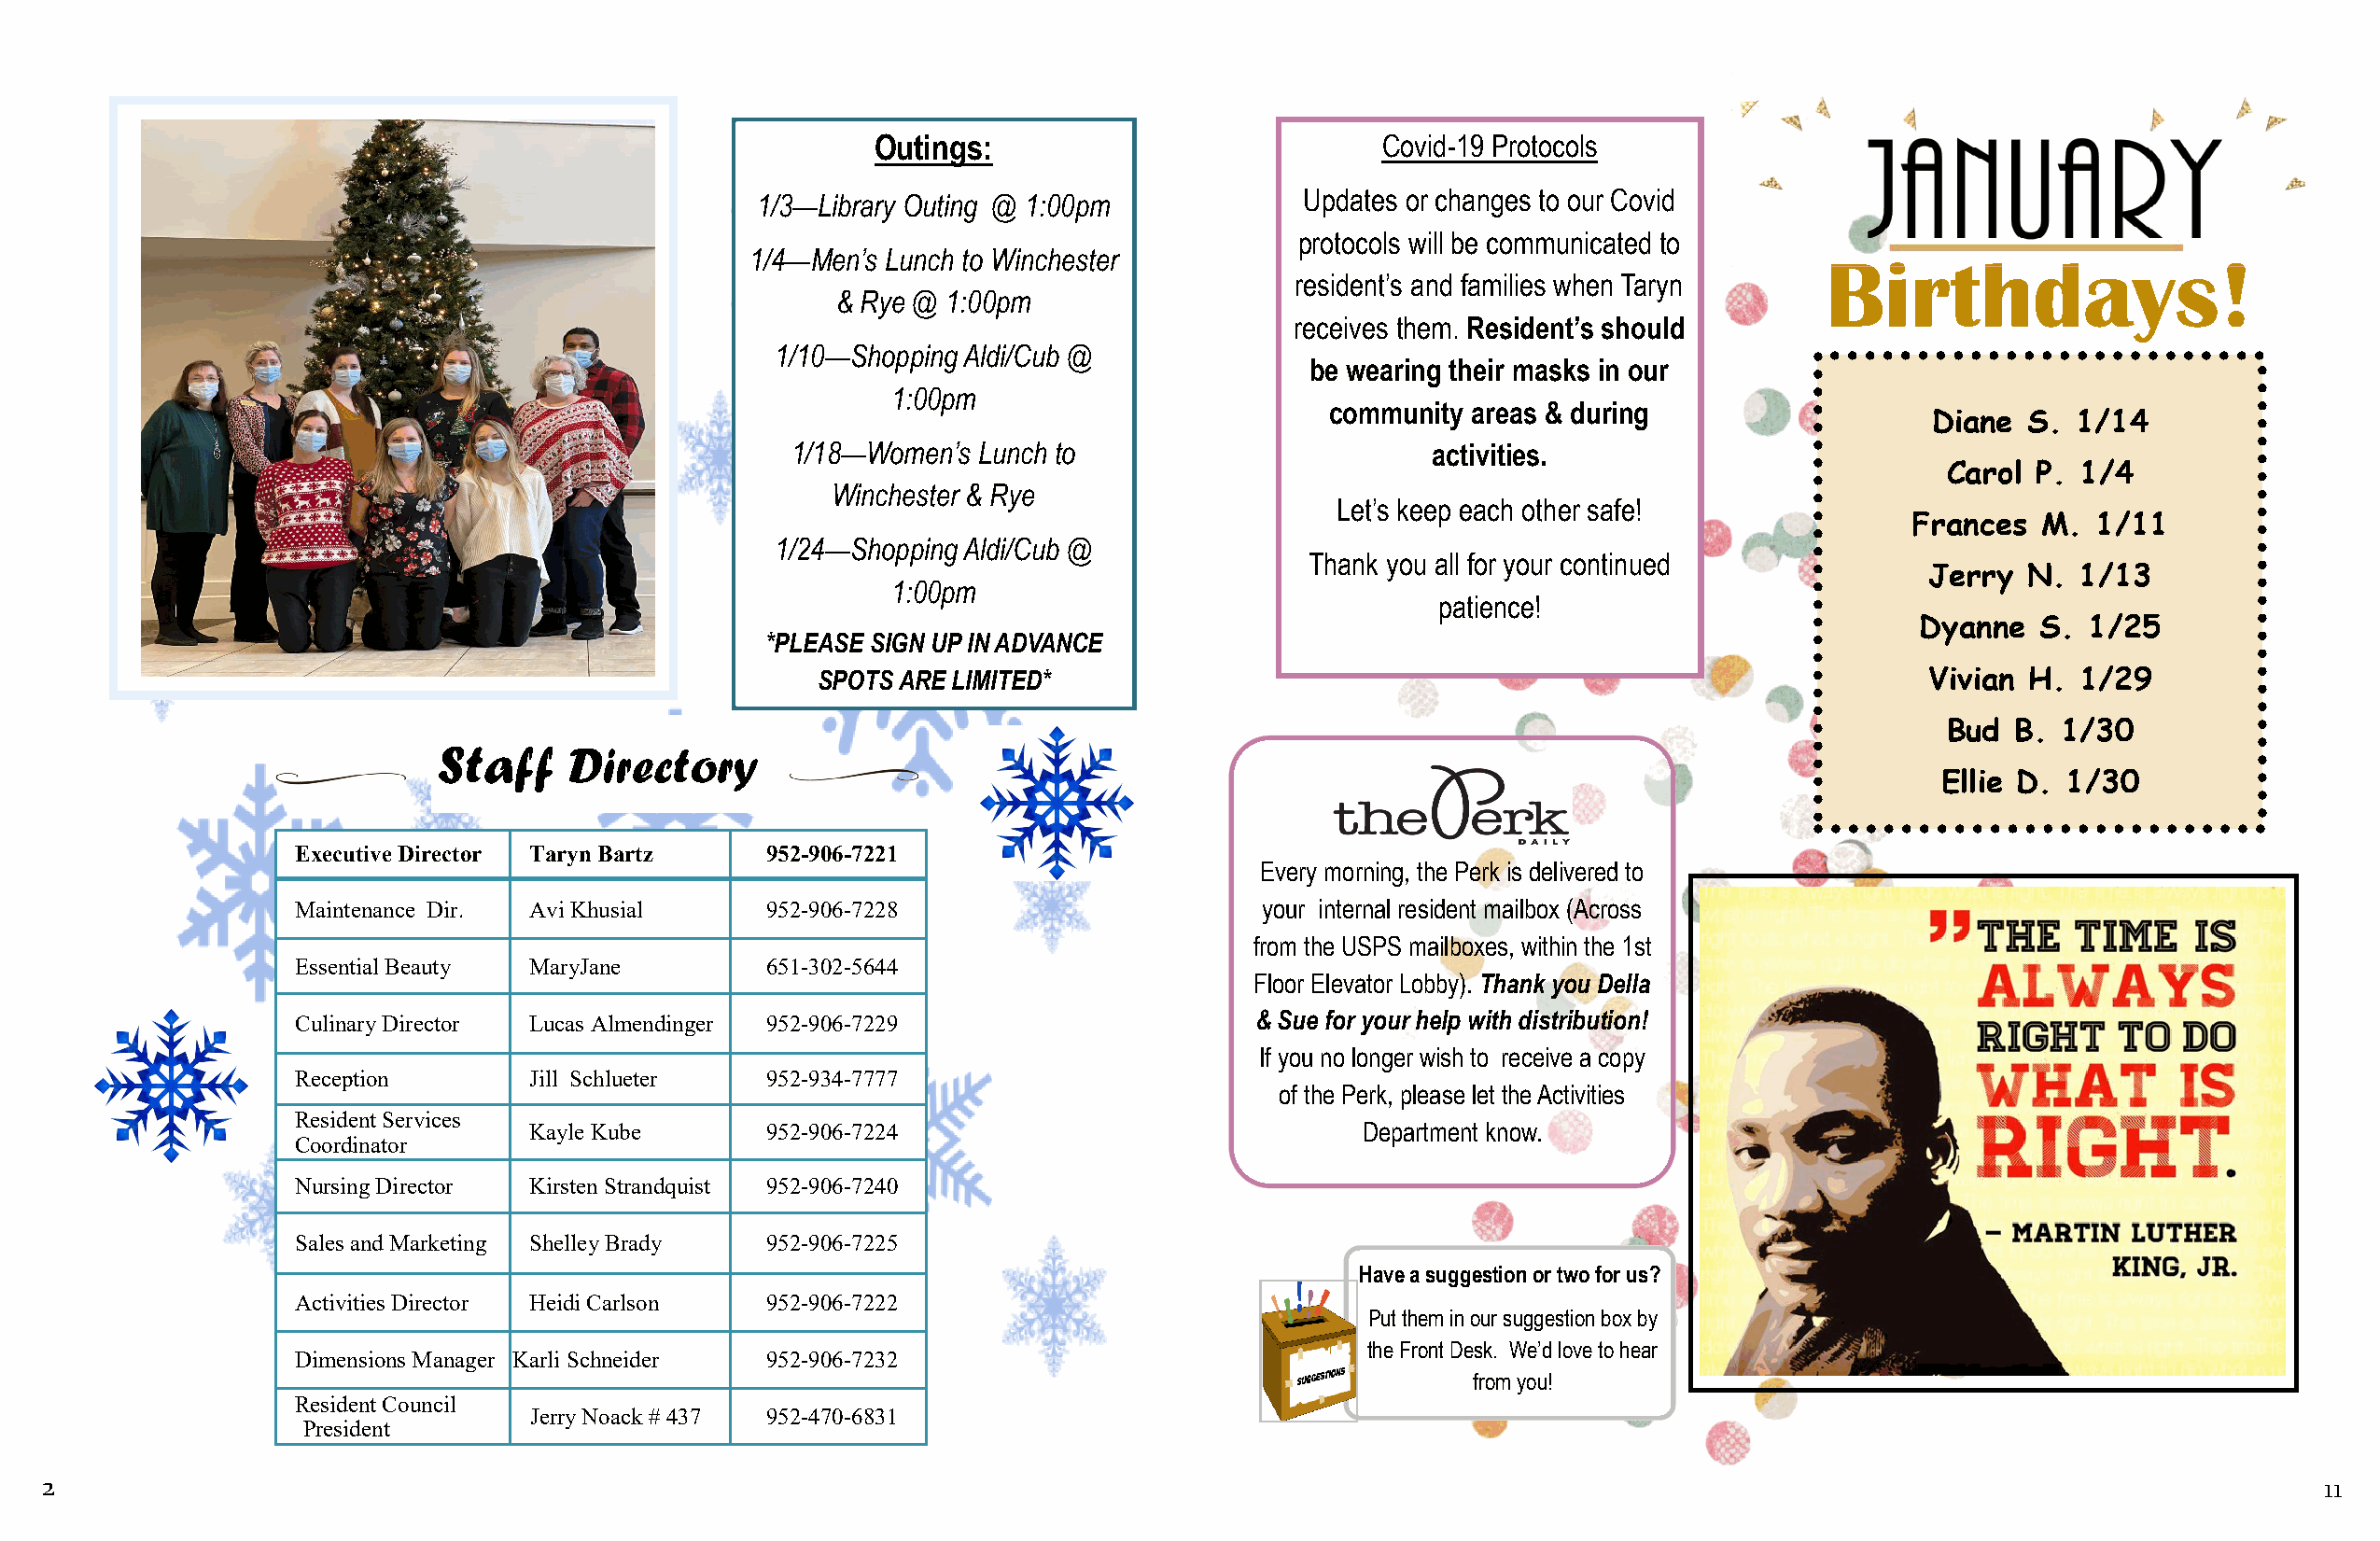
Outings:                            Covid-19 Protocols
 1/3—Library Outing @ 1:00pm           Updates or changes to our Covid
 protocols will be communicated to
 1/4—Men’s Lunch to Winchester                                               Birthdays!
 resident’s and families when Taryn
 & Rye @ 1:00pm
 receives them. Resident’s should
 1/10—Shopping Aldi/Cub @
 be wearing their masks in our
 1:00pm
 community areas & during
 Diane  S. 1/14
 1/18—Women’s Lunch to                         activities.
 Carol P.  1/4
 Winchester & Rye
 Let’s keep each other safe!
 Frances  M.  1/11
 1/24—Shopping Aldi/Cub @
 Thank you all for your continued
 Jerry  N. 1/13
 1:00pm
 patience!
 Dyanne   S. 1/25
 *PLEASE SIGN UP IN ADVANCE
 SPOTS ARE LIMITED*                                                             Vivian H. 1/29
 Bud  B. 1/30
 Staff    Directory
 Ellie D. 1/30
 Executive Director Taryn Bartz   952-906-7221
 Every morning, the Perk is delivered to
 Maintenance Dir. Avi Khusial     952-906-7228                        your internal resident mailbox (Across
 from the USPS mailboxes, within the 1st
 Essential Beauty MaryJane        651-302-5644
 Floor Elevator Lobby). Thank you Della
 Culinary Director Lucas Almendinger 952-906-7229                    & Sue for your help with distribution!
 If you no longer wish to receive a copy
 Reception        Jill Schlueter  952-934-7777
 of the Perk, please let the Activities
 Resident Services
 Kayle Kube      952-906-7224                               Department know.
 Coordinator
 Nursing Director Kirsten Strandquist 952-906-7240
 Sales and Marketing Shelley Brady 952-906-7225
 Have a suggestion or two for us?
 Activities Director Heidi Carlson 952-906-7222
 Put them in our suggestion box by
 the Front Desk. We’d love to hear
 Dimensions Manager Karli Schneider 952-906-7232
 from you!
 Resident Council
 Jerry Noack # 437 952-470-6831
 President
 2                                                                                                                                                                 11